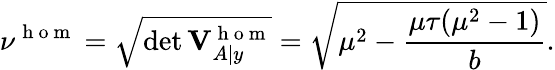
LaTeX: \nu^{\mathrm{~h~o~m~}}=\sqrt{\operatorname*{det}\mathbf{V}_{A|y}^{\mathrm{~h~o~m~}}}=\sqrt{\mu^{2}-\frac{\mu\tau(\mu^{2}-1)}{b}}.